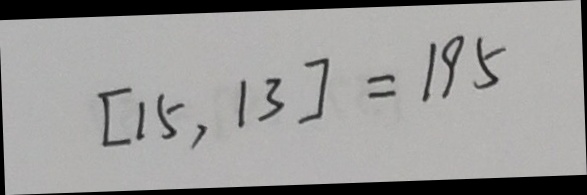
[ 1 5 , 1 3 ] = 1 9 5